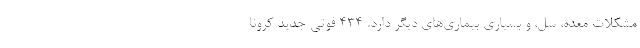
مشکلات معده، سل، و بسیاری بیماری‌های دیگر دارد. ۴۳۴ فوتی جدید کرونا